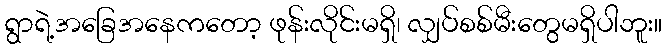
ရွာရဲ့အခြေအနေကတော့ ဖုန်းလိုင်းမရှိ၊ လျှပ်စစ်မီးတွေမရှိပါဘူး။